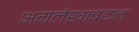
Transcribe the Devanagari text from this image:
अग्रलेखाबद्दल